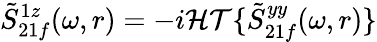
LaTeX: \tilde{S}_{21f}^{1z}(\omega,r)=-i\mathcal{HT}\{ \tilde{S}_{21f}^{yy}(\omega,r)\}